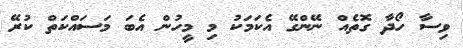
ވިސާ ހޯދާ ގޮތެއް ނޭންގޭ އެކަމަކު މި މީހުން އެބަ މަސައްކަތް ކުރޭ